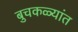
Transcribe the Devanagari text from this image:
बुचकळ्यांत